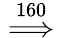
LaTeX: \stackrel{160}{\implies}